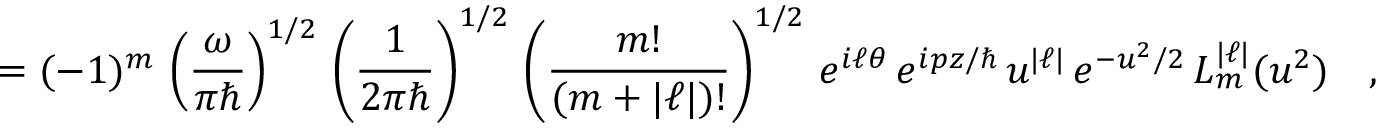
= ( - 1 ) ^ { m } \, \left( \frac { \omega } { \pi \hbar } \right) ^ { 1 / 2 } \, \left( \frac { 1 } { 2 \pi \hbar } \right) ^ { 1 / 2 } \, \left( \frac { m ! } { ( m + | \ell | ) ! } \right) ^ { 1 / 2 } \, e ^ { i \ell \theta } \, e ^ { i p z / \hbar } \, u ^ { | \ell | } \, e ^ { - u ^ { 2 } / 2 } \, L _ { m } ^ { | \ell | } ( u ^ { 2 } ) \ \ \ ,